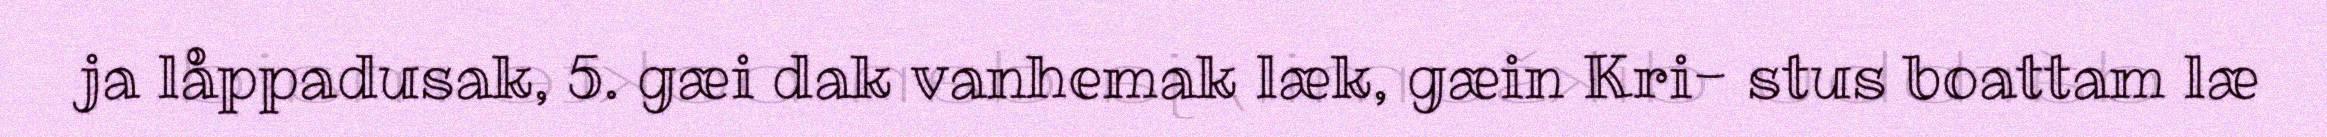
ja låppadusak, 5. gæi dak vanhemak læk, gæin Kri- stus boattam læ